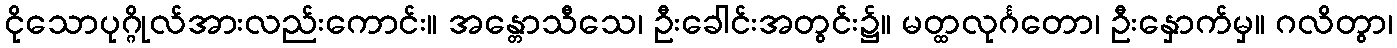
ငိုသောပုဂ္ဂိုလ်အားလည်းကောင်း။ အန္တောသီသေ၊ ဦးခေါင်းအတွင်း၌။ မတ္ထလုင်္ဂတော၊ ဦးနှောက်မှ။ ဂလိတွာ၊